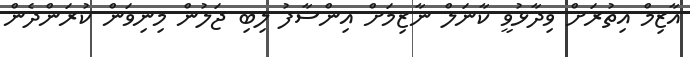
އާޒިމް އިތުރަށް ވިދާޅުވީ ކާނަލް ނާޒިމަށް އިންސާފު ލިބި ޖަލުން މިނިވަން ކުރަންދެން